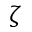
\zeta